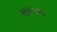
સમાચા